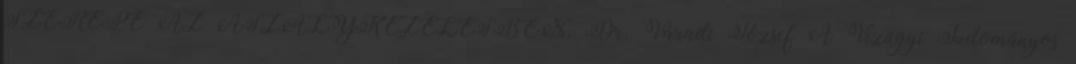
SZEREPE AZ ASZÁLYKEZELÉSBEN. Dr. Váradi József A Vízügyi Tudományos